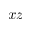
x z